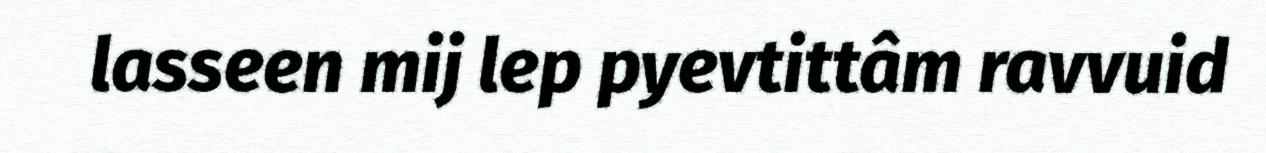
lasseen mij lep pyevtittâm ravvuid